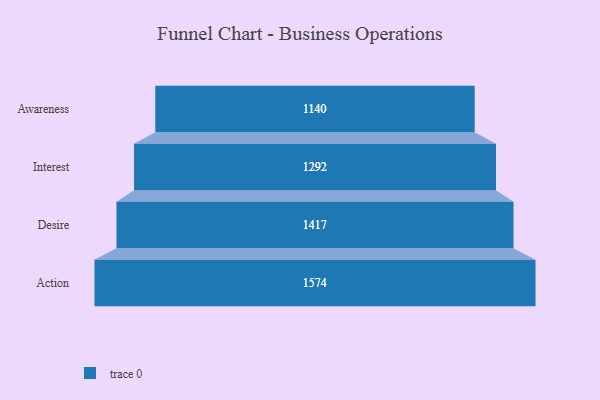
{"axis": {"x": "Stage", "y": "Value"}, "legend": [""], "data": [{"x": "Awareness", "y": 1140.0, "type": ""}, {"x": "Interest", "y": 1292.0, "type": ""}, {"x": "Desire", "y": 1417.0, "type": ""}, {"x": "Action", "y": 1574.0, "type": ""}]}